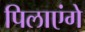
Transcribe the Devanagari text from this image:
पिलाएंगे